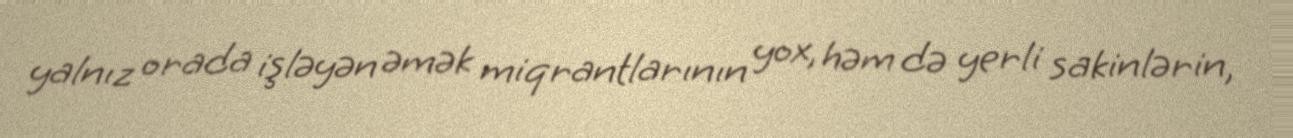
yalnız orada işləyən əmək miqrantlarının yox, həm də yerli sakinlərin,